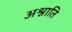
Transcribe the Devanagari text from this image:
अश्नाति